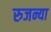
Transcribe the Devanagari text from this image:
रुजन्या